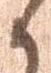
々